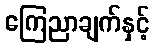
ကြေညာချက်နှင့်